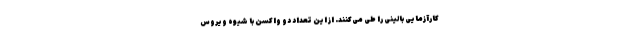
کارآزمایی بالینی را طی می‌کنند. از این تعداد دو واکسن با شیوه ویروس